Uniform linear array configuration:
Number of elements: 24
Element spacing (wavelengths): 0.25
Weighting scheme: blackman
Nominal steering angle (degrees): -45
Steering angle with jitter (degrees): -43.34
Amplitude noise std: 0.05
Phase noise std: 0.05

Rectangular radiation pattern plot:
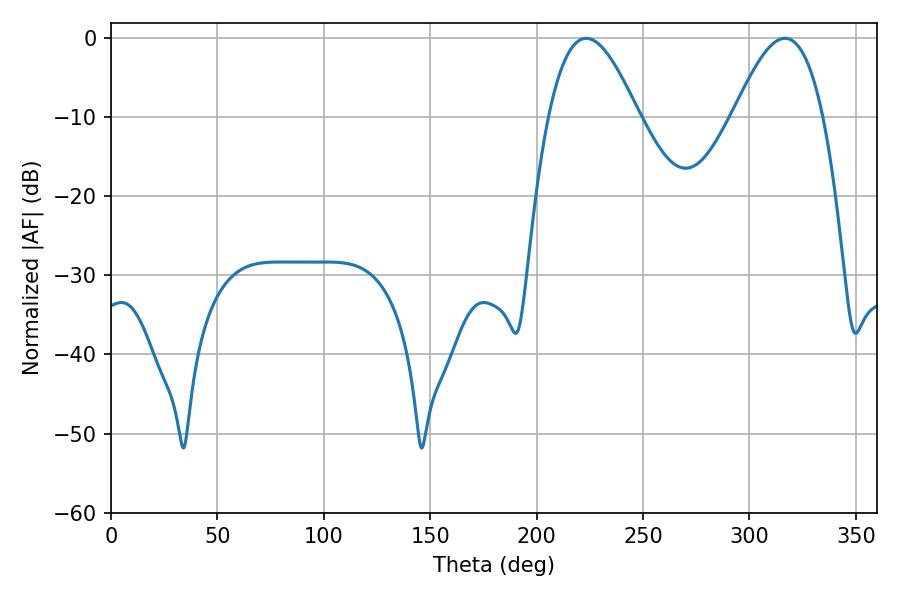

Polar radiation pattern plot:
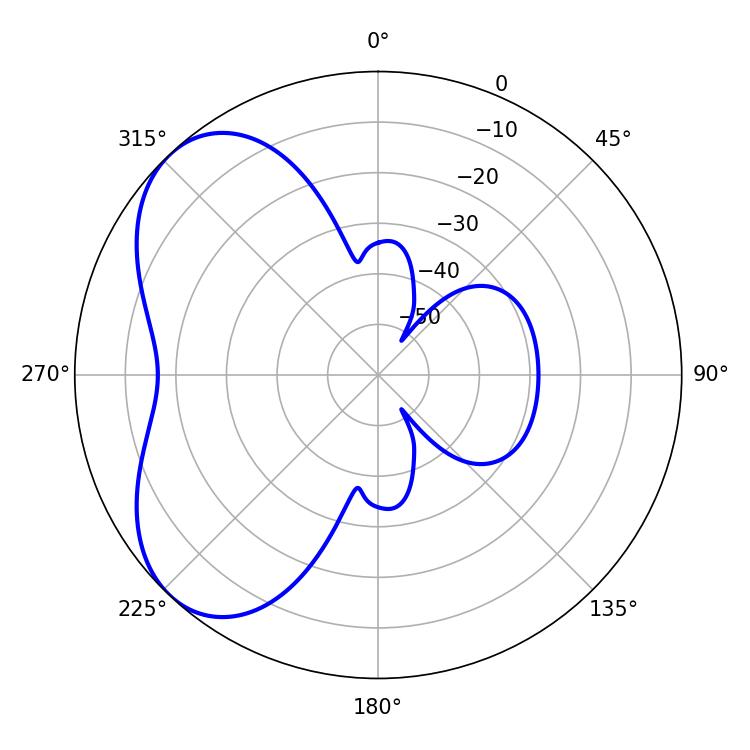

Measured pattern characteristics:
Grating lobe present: FALSE
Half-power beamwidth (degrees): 22.86
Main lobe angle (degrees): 223.38